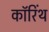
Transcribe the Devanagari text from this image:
कॉरिंथ